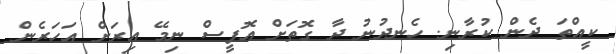
ކީއްތަ ދެން ކުރާނި. ހެނދުނު ދާ ގޮތަށް އޮފީސް ނިމޭ އިރަށް އަހަރެން